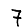
Digit: 7